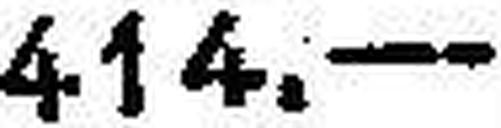
414.—